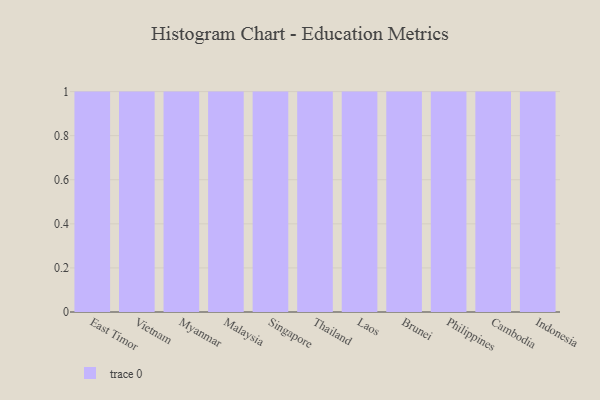
{"axis": {"x": "Country", "y": "Headcount"}, "legend": [""], "data": [{"x": "East Timor", "y": 26, "type": ""}, {"x": "Vietnam", "y": 73, "type": ""}, {"x": "Myanmar", "y": 100, "type": ""}, {"x": "Malaysia", "y": 40, "type": ""}, {"x": "Singapore", "y": 62, "type": ""}, {"x": "Thailand", "y": 85, "type": ""}, {"x": "Laos", "y": 37, "type": ""}, {"x": "Brunei", "y": 69, "type": ""}, {"x": "Philippines", "y": 66, "type": ""}, {"x": "Cambodia", "y": 49, "type": ""}, {"x": "Indonesia", "y": 27, "type": ""}]}